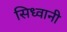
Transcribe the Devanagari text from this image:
सिध्वानी